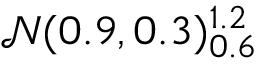
\mathcal { N } ( 0 . 9 , 0 . 3 ) _ { 0 . 6 } ^ { 1 . 2 }